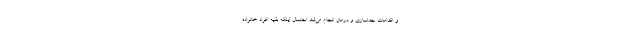
و اقدامات جداسازی و درمان انجام می‌شد احتمال اینکه بقیه افراد خانواده